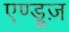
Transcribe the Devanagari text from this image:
एण्ड्रूज़